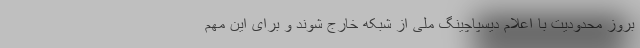
بروز محدودیت با اعلام دیسپاچینگ ملی از شبکه خارج شوند و برای این مهم